Report of the Indian Hemp Drugs Commission, 1894-1895 - Volume VIII
Year: 1894
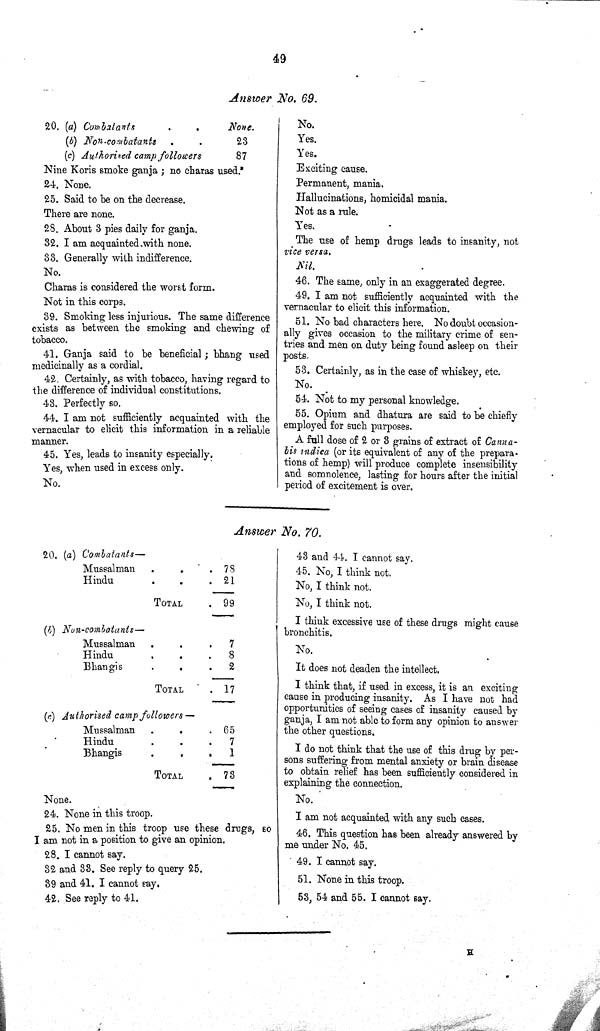
49
Answer No. 69.
20. (a) Combatants
None.
(b) Non-combatants
23
(c) Authorised camp followers
87
Nine Koris smoke ganja; no charas used.
24. None.
25. Said to be on the decrease.
There are none.
28. About 3 pies daily for ganja.
32. I am acquainted with none.
33. Generally with indifference.
No.
Charas is considered the worst form.
Not in this corps.
39. Smoking less injurious. The same difference
exists as between the smoking and chewing of
tobacco.
41. Ganja said to be beneficial; bhang used
medicinally as a cordial.
42. Certainly, as with tobacco, having regard to
the difference of individual constitutions.
43. Perfectly so.
44. I am not sufficiently acquainted with the
vernacular to elicit this information in a reliable
manner.
45. Yes, leads to insanity especially.
Yes, when used in excess only.
No.
No.
Yes.
Yes.
Exciting cause.
Permanent, mania.
Hallucinations, homicidal mania.
Not as a rule.
Yes.
The use of hemp drugs leads to insanity, not
vice versa.
Nil.
46. The same, only in an exaggerated degree.
49. I am not sufficiently acquainted with the
vernacular to elicit this information.
51. No bad characters here. No doubt occasion-
ally gives occasion to the military crime of sen-
tries and men on duty being found asleep on their
posts.
53. Certainly, as in the case of whiskey, etc.
No.
54. Not to my personal knowledge.
55. Opium and dhatura are said to be chiefly
employed for such purposes.
A full dose of 2 or 3 grains of extract of Canna-
bis indica (or its equivalent of any of the prepara-
tions of hemp) will produce complete insensibility
and somnolence, lasting for hours after the initial
period of excitement is over.
Answer No. 70.
20. (a) Combatants—
Mussalman
78
Hindu
21
TOTAL
99
(b) Non-combatants—
Mussalman
7
Hindu
8
Bhangis
2
TOTAL
17
(c) Authorised camp followers—
Mussalman
65
Hindu
7
Bhangis
1
TOTAL
73
None.
24. None in this troop.
25. No men in this troop use these drugs, so
I am not in a position to give an opinion.
28. I cannot say.
32 and 33. See reply to query 25.
39 and 41. I cannot say.
42. See reply to 41.
43 and 44. I cannot say.
45. No, I think not.
No, I think not.
No, I think not.
I think excessive use of these drugs might cause
bronchitis.
No.
It does not deaden the intellect.
I think that, if used in excess, it is an exciting
cause in producing insanity. As I have not had
opportunities of seeing cases of insanity caused by
ganja, I am not able to form any opinion to answer
the other questions.
I do not think that the use of this drug by per-
sons suffering from mental anxiety or brain disease
to obtain relief has been sufficiently considered in
explaining the connection.
No.
I am not acquainted with any such cases.
46. This question has been already answered by
me under No. 45.
49. I cannot say.
51. None in this troop.
53, 54 and 55. I cannot say.